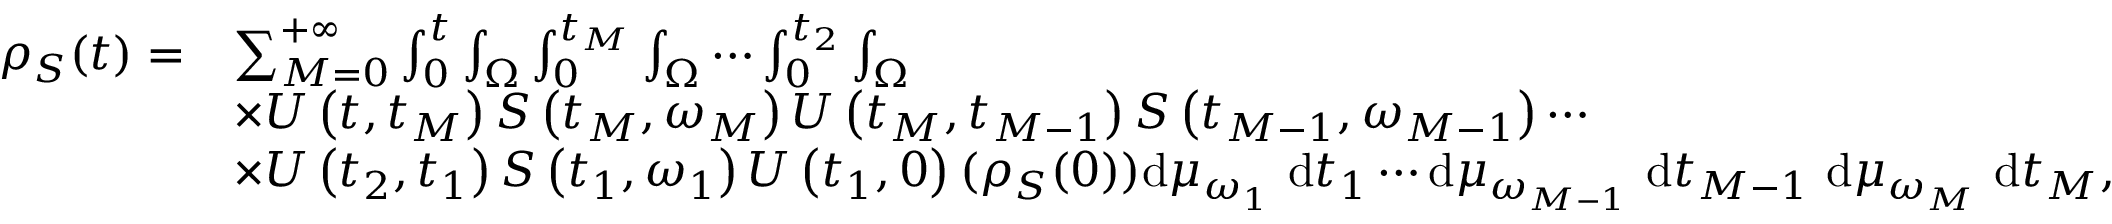
\begin{array} { r l } { { \rho } _ { S } ( t ) = } & { \sum _ { M = 0 } ^ { + \infty } \int _ { 0 } ^ { t } \int _ { \Omega } \int _ { 0 } ^ { t _ { M } } \int _ { \Omega } \cdots \int _ { 0 } ^ { t _ { 2 } } \int _ { \Omega } } \\ & { \times U \left( t , t _ { M } \right) S \left( t _ { M } , \omega _ { M } \right) U \left( t _ { M } , t _ { M - 1 } \right) S \left( t _ { M - 1 } , \omega _ { M - 1 } \right) \cdots } \\ & { \times U \left( t _ { 2 } , t _ { 1 } \right) S \left( t _ { 1 } , \omega _ { 1 } \right) U \left( t _ { 1 } , 0 \right) ( { \rho } _ { S } ( 0 ) ) \mathrm { d } \mu _ { \omega _ { 1 } } \mathrm { ~ d } t _ { 1 } \cdots \mathrm { d } \mu _ { \omega _ { M - 1 } } \mathrm { ~ d } t _ { M - 1 } \mathrm { ~ d } \mu _ { \omega _ { M } } \mathrm { ~ d } t _ { M } , } \end{array}